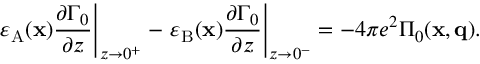
\left. \varepsilon _ { \mathrm { A } } ( \mathbf { x } ) \frac { \partial \Gamma _ { 0 } } { \partial z } \right| _ { z \to 0 ^ { + } } - \left. \varepsilon _ { \mathrm { B } } ( \mathbf { x } ) \frac { \partial \Gamma _ { 0 } } { \partial z } \right| _ { z \to 0 ^ { - } } = - 4 \pi e ^ { 2 } \Pi _ { 0 } ( \mathbf { x } , \mathbf { q } ) .